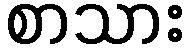
စာသား